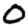
Digit: 0